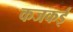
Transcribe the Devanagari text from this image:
कजकई